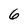
Character: 6